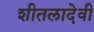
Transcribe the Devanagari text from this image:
शीतलादेवी